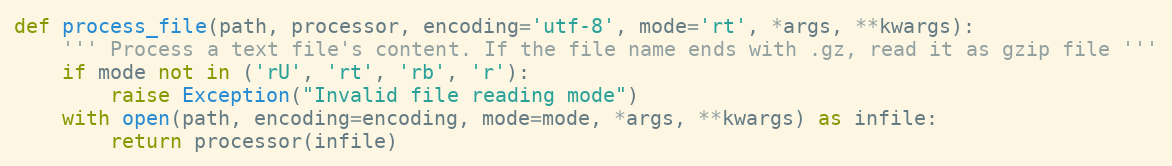
Language: Python
def process_file(path, processor, encoding='utf-8', mode='rt', *args, **kwargs):
    ''' Process a text file's content. If the file name ends with .gz, read it as gzip file '''
    if mode not in ('rU', 'rt', 'rb', 'r'):
        raise Exception("Invalid file reading mode")
    with open(path, encoding=encoding, mode=mode, *args, **kwargs) as infile:
        return processor(infile)